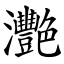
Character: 灧